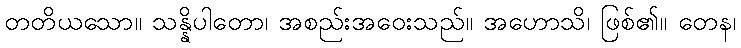
တတိယသော။ သန္နိပါတော၊ အစည်းအဝေးသည်။ အဟောသိ၊ ဖြစ်၏။ တေန၊